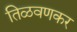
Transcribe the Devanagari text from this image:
तिळवणकर